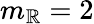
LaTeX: m_{\mathbb{R}}=2